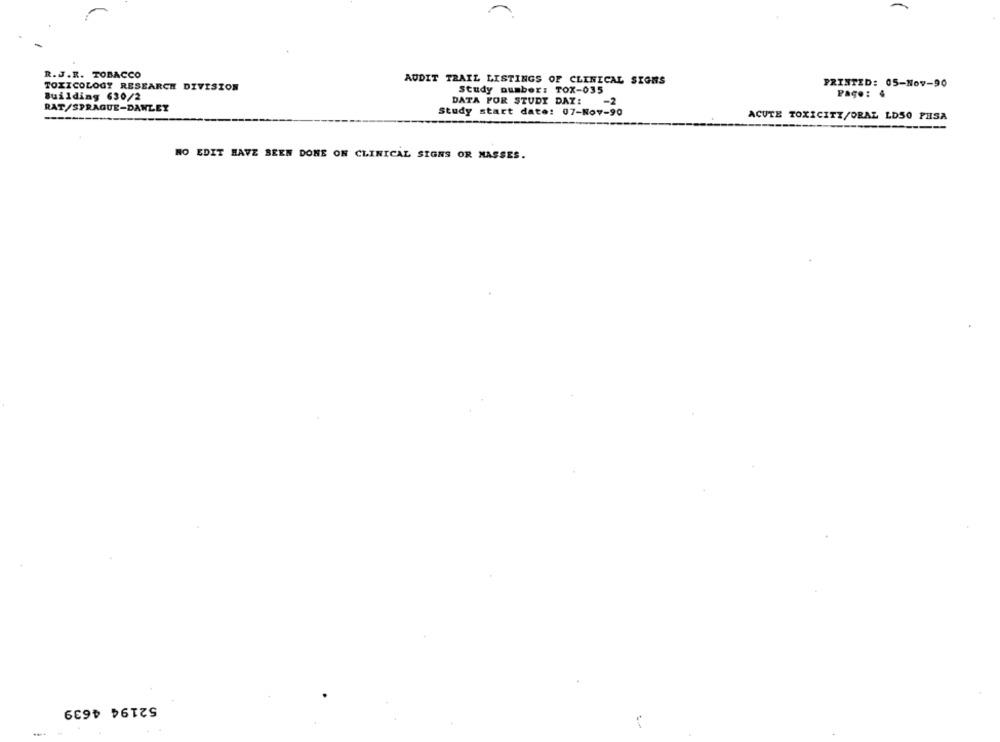
R.J.R. TOBACCO
AUDIT TRAIL LISTINGS OF CLINICAL SIGHS
PRINTED: 05-Nov-90
TOXICOLOGY RESEARCH DIVISION
Study number: TOX-035
Building 630/2
Page: 4
DATA FOR STUDY DAY:
-2
RAT/SPRAGUE-DANLET
Study start date: 07-Nov-90
ACUTE TOXICITY/ORAL LDSO PHSA
NO EDIT HAVE BEEN DONE ON CLINICAL SIGNS OR MASSES.
52194 4639